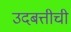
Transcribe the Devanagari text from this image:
उदबत्तीची